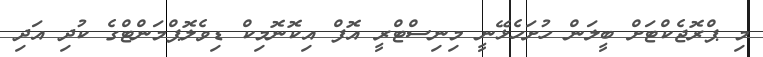
މި ޕްރޮޖެކްޓަށް ބީލަން ހުށަހެޅޭނީ މިނިސްޓްރީ އޮފް އިކޮނޮމިކް ޑިވެލޮޕްމަންޓްގެ ކުދި އަދި